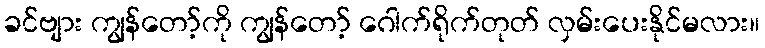
ခင်ဗျား ကျွန်တော့်ကို ကျွန်တော့် ဂေါက်ရိုက်တုတ် လှမ်းပေးနိုင်မလား။